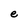
Character: e